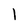
Character: l